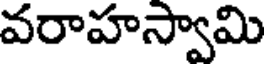
వరాహస్వామి